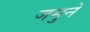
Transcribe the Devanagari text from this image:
जमुने